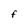
Character: F